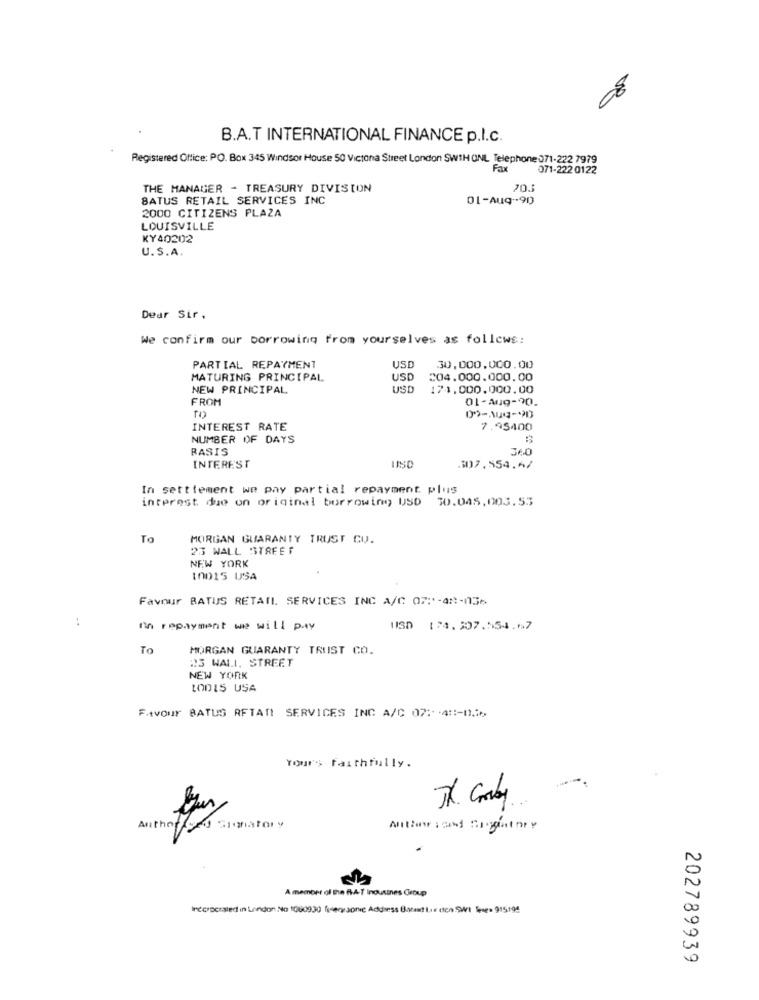
B.A.T INTERNATIONAL FINANCE p.l.c.
Registered Office: PO. Box 345 Windsor House 50 Victoria Street London SW1H ONL Telephone 071-222 7979
Fax
071-222 0122
THE MANAGER - TREASURY DIVISION
BATUS RETAIL SERVICES INC
01-Aug -. 90
2000 CITIZENS PLAZA
LOUISVILLE
KY40202
U.S.A.
Dear Sir.
We confirm our borrowing from yourselves as follows:
PARTIAL REPAYMENT
UST
30,000,000.00
MATURING PRINCIPAL
USD
204.000.000.00
NEW PRINCIPAL
USD
174,000.000.00
06-6ry-10
FROM
INTEREST RATE
7.95400
NUMBER OF DAYS
BASIS
340
INTEREST
307.554.4/
In settlement we pay partial repayment plus
interest due on original burrowing USD 30.045,003.55
To
MORGAN GUARANTY TRUST CU.
23 WALL STREET
NEW YORK
10015 USA
Favour BATUS RETAIL SERVICES INC A/C 07:'-4:1-036
..
In repayment we will pay
11SD (74.307.554.67
To
MORGAN GUARANTY TRUST CO.
23 WALL STREET
NEW YORK
LODIS USA
FAvour BATUS RFTAN SERVICES INC A/C 07: 4 :- 0.
Yours faithfully.
TX. Corby
A member of the FAT Inousines Group
Irecrociated in London No 1000930 fixersonic Address Biraud ,. ten SWI Sse0 915194
202789939